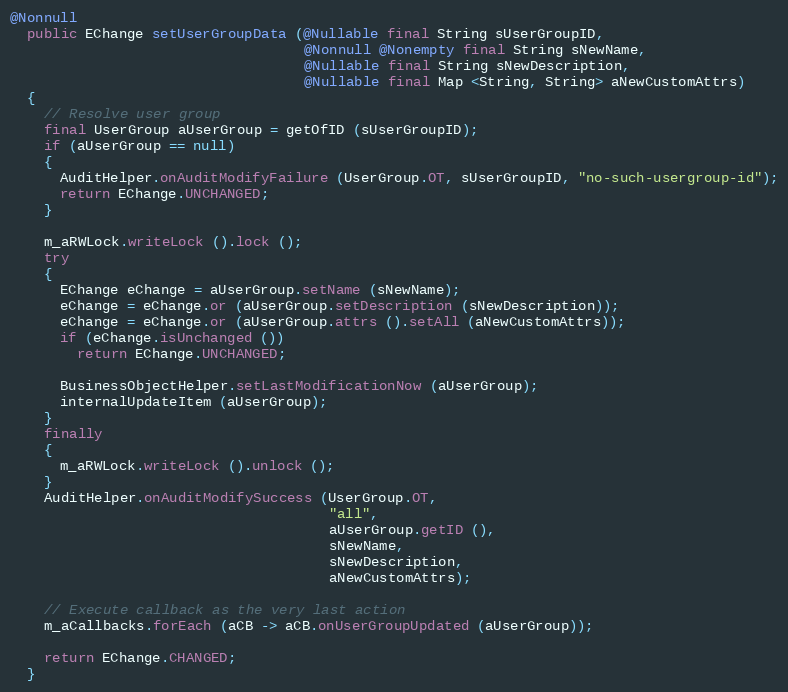
Language: Java
@Nonnull
  public EChange setUserGroupData (@Nullable final String sUserGroupID,
                                   @Nonnull @Nonempty final String sNewName,
                                   @Nullable final String sNewDescription,
                                   @Nullable final Map <String, String> aNewCustomAttrs)
  {
    // Resolve user group
    final UserGroup aUserGroup = getOfID (sUserGroupID);
    if (aUserGroup == null)
    {
      AuditHelper.onAuditModifyFailure (UserGroup.OT, sUserGroupID, "no-such-usergroup-id");
      return EChange.UNCHANGED;
    }

    m_aRWLock.writeLock ().lock ();
    try
    {
      EChange eChange = aUserGroup.setName (sNewName);
      eChange = eChange.or (aUserGroup.setDescription (sNewDescription));
      eChange = eChange.or (aUserGroup.attrs ().setAll (aNewCustomAttrs));
      if (eChange.isUnchanged ())
        return EChange.UNCHANGED;

      BusinessObjectHelper.setLastModificationNow (aUserGroup);
      internalUpdateItem (aUserGroup);
    }
    finally
    {
      m_aRWLock.writeLock ().unlock ();
    }
    AuditHelper.onAuditModifySuccess (UserGroup.OT,
                                      "all",
                                      aUserGroup.getID (),
                                      sNewName,
                                      sNewDescription,
                                      aNewCustomAttrs);

    // Execute callback as the very last action
    m_aCallbacks.forEach (aCB -> aCB.onUserGroupUpdated (aUserGroup));

    return EChange.CHANGED;
  }